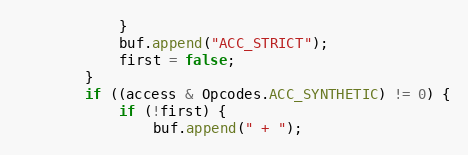
Language: Java
            }
            buf.append("ACC_STRICT");
            first = false;
        }
        if ((access & Opcodes.ACC_SYNTHETIC) != 0) {
            if (!first) {
                buf.append(" + ");